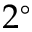
2 ^ { \circ }